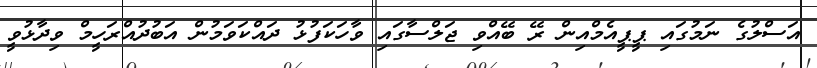
އަސްލުގެ ނަމުގައި ޕީޕީއެެމްއިން ރޭ ބޭއްވި ޖަލްސާގައި ވާހަކަފުޅު ދައްކަވަމުން އަބުދުއްރަހީމް ވިދާޅުވީ